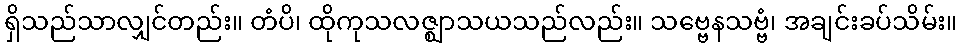
ရှိသည်သာလျှင်တည်း။ တံပိ၊ ထိုကုသလဇ္ဈာသယသည်လည်း။ သဗ္ဗေနသဗ္ဗံ၊ အချင်းခပ်သိမ်း။